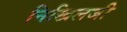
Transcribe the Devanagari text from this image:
निखिलजी